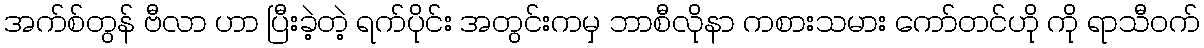
အက်စ်တွန် ဗီလာ ဟာ ပြီးခဲ့တဲ့ ရက်ပိုင်း အတွင်းကမှ ဘာစီလိုနာ ကစားသမား ကော်တင်ဟို ကို ရာသီဝက်